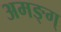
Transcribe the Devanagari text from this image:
अमङ्ग्